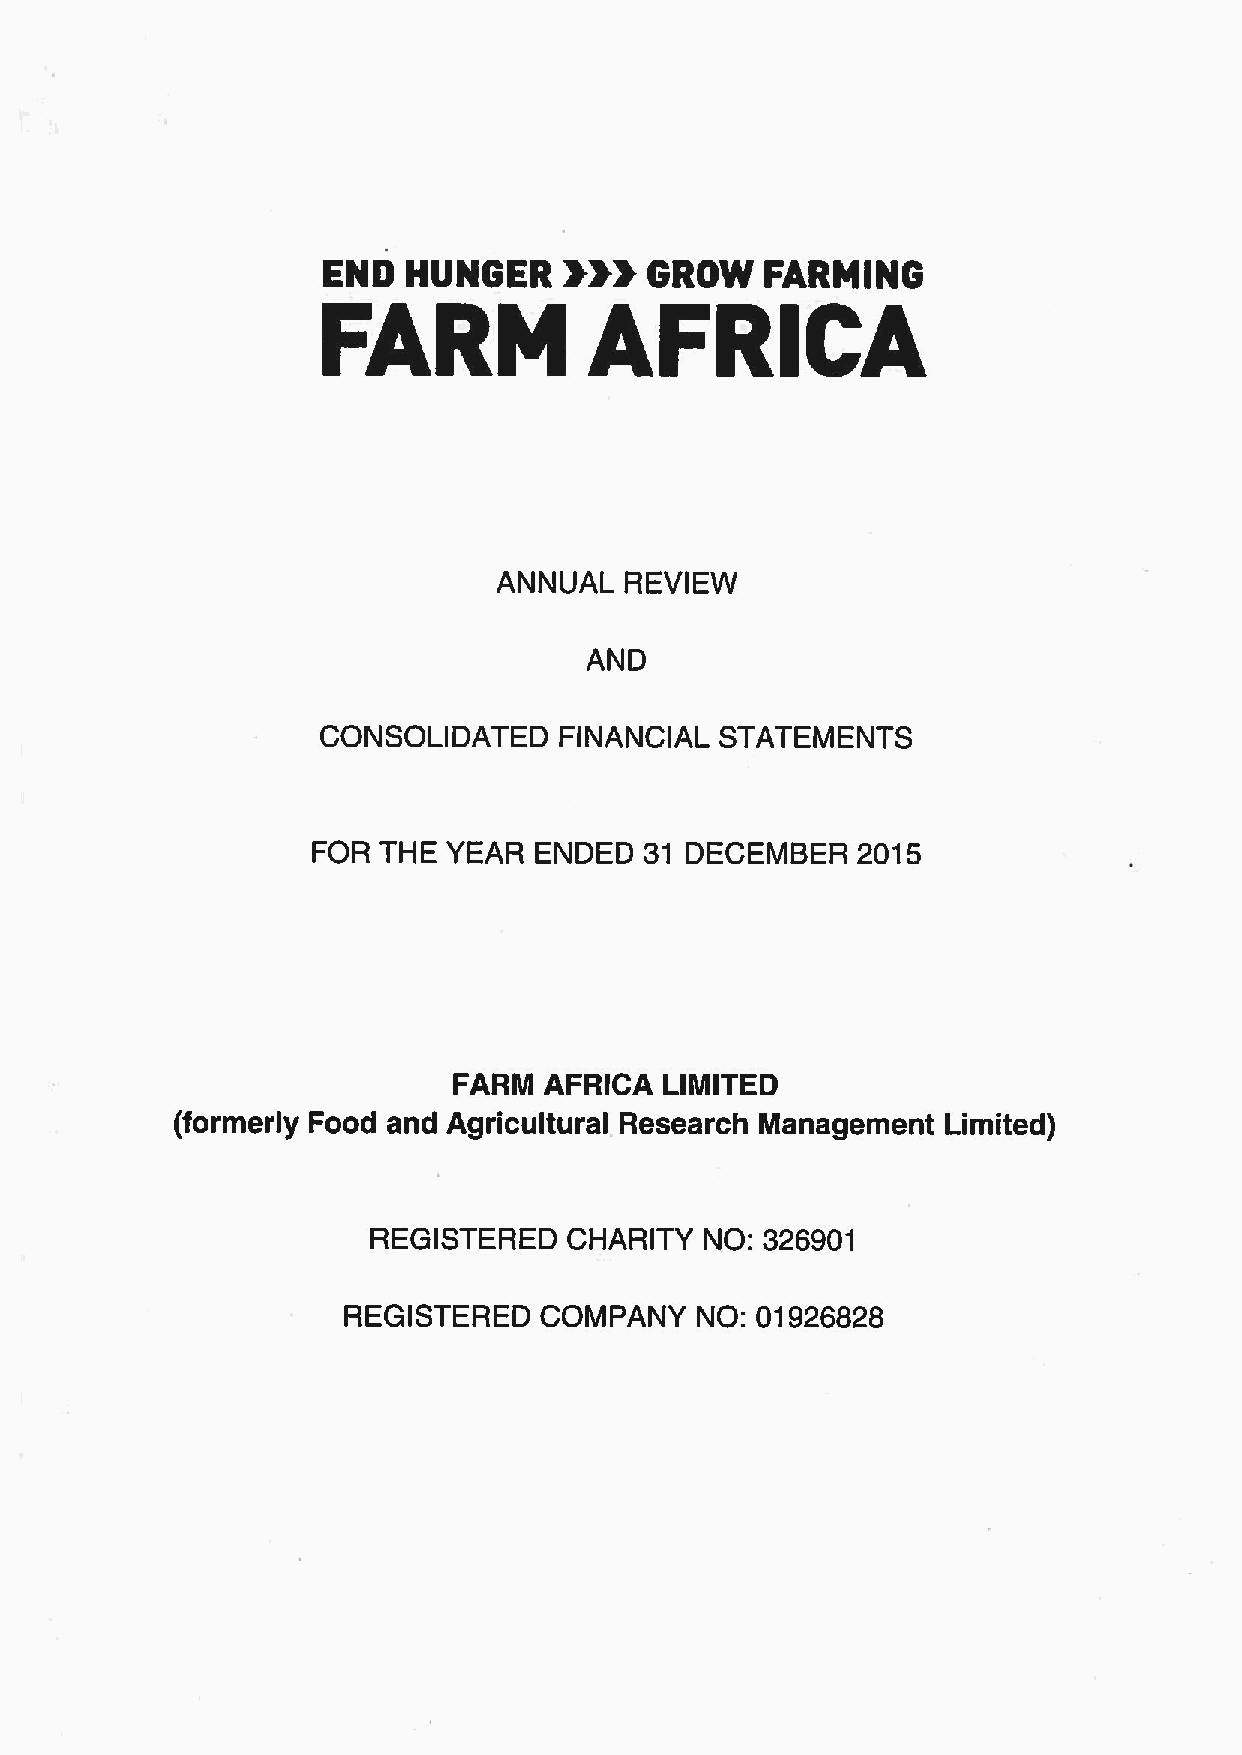
FARM              AFRICA
 ANNUAL  REVIEW
 AND
 CONSOLIDATED    FINANCIAL  STATEMENTS
 FOR THE  YEAR ENDED   31 DECEMBER   2015
 FARM  AFRICA  LIMITED
 (formerly Food and Agricultural Research Management Limited)
 REGISTERED   CHARITY  NO: 326901
 REGISTERED   COMPANY   NO: 01926828